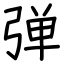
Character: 弹